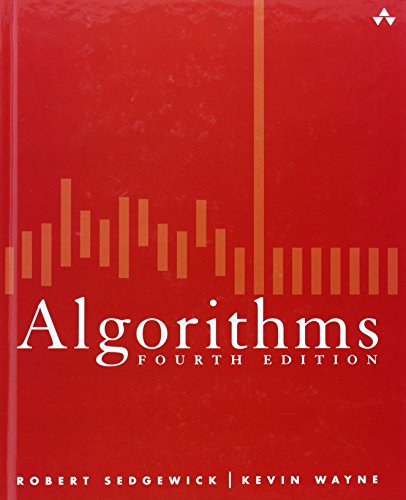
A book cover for Algorithms (4th Edition); Robert Sedgewick; Computers & Technology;